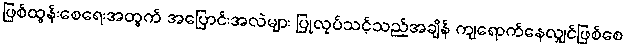
ဖြစ်ထွန်းစေရေးအတွက် အပြောင်းအလဲများ ပြုလုပ်သင့်သည့်အချိန် ကျရောက်နေလျှင်ဖြစ်စေ